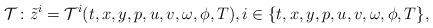
LaTeX: \begin{align*}\mathcal T\colon\tilde z^i=\mathcal T^i(t,x,y,p,u,v,\omega,\phi,T),i\in\{t,x,y,p,u,v,\omega,\phi,T\},\end{align*}